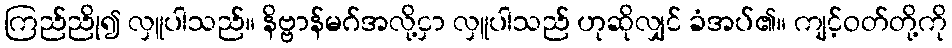
ကြည်ညို၍ လှူပါသည်။ နိဗ္ဗာန်မဂ်အလို့ငှာ လှူပါသည် ဟုဆိုလျှင် ခံအပ်၏။ ကျင့်ဝတ်တို့ကို